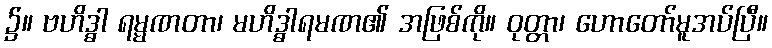
၌။ ဗဟိဒ္ဓါ ရမ္မဏတာ၊ မဟိဒ္ဓါရမဏ၏ အဖြစ်ကို။ ဝုတ္တာ၊ ဟောတော်မူအပ်ပြီ။